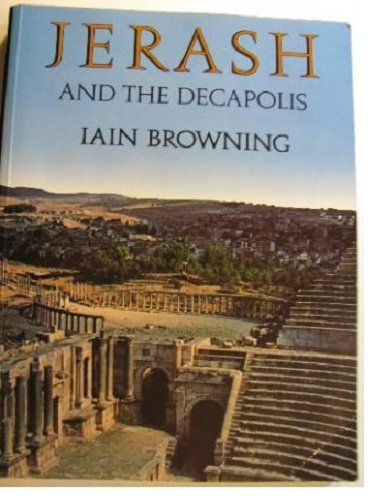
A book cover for Jerash and the Decapolis; Iain Browning; Travel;